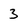
Character: 3